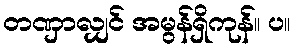
တဏှာလျှင် အမွန်ရှိကုန်။ ပ။